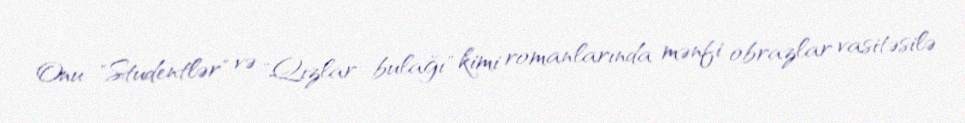
Onu "Studentlər" və "Qızlar bulağı" kimi romanlarında mənfi obrazlar vasitəsilə